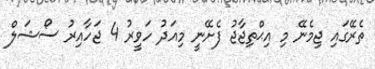
ތެރޭގައި ޖިމެނޭ މި އިޙްތިޖާޖު ފެށޭނީ މިއަދު ހަވީރު 4 ޖަހާއިރު ސޯޝަލް